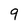
Character: 9